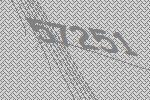
57251